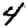
Digit: 4